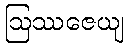
ဩဿဇေယျ